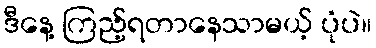
ဒီနေ့ ကြည့်ရတာနေသာမယ့် ပုံပဲ။